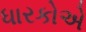
ધારકોએ